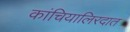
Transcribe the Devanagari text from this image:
कांचियालिरदात